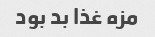
مزه غذا بد بود